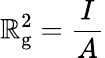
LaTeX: \mathbb{R}_{\mathrm{{g}}}^{2}={\frac{{I}}{{A}}}